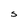
Character: S